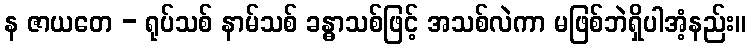
န ဇာယတေ - ရုပ်သစ် နာမ်သစ် ခန္ဓာသစ်ဖြင့် အသစ်လဲကာ မဖြစ်ဘဲရှိပါအံ့နည်း။